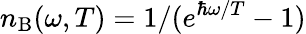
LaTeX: n_{\mathrm{B}}(\omega,T)=1/(e^{\hbar\omega/T}-1)